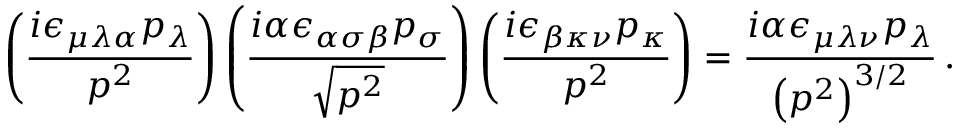
\left( \frac { i \epsilon _ { \mu \lambda \alpha } p _ { \lambda } } { p ^ { 2 } } \right) \left( \frac { i \alpha \epsilon _ { \alpha \sigma \beta } p _ { \sigma } } { \sqrt { p ^ { 2 } } } \right) \left( \frac { i \epsilon _ { \beta \kappa \nu } p _ { \kappa } } { p ^ { 2 } } \right) = \frac { i \alpha \epsilon _ { \mu \lambda \nu } p _ { \lambda } } { \left( p ^ { 2 } \right) ^ { 3 / 2 } } \, .